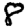
Digit: 8